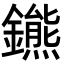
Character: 𨮳